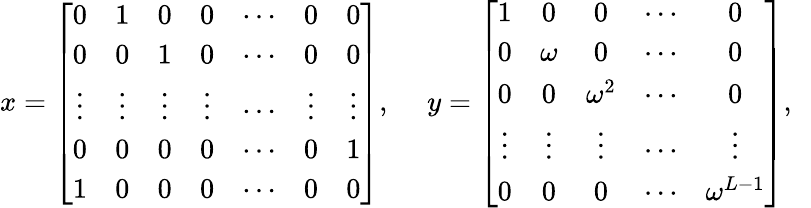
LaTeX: \begin{array}{cc}{{x=\left[\begin{array}{ccccccc}{{0}}&{{1}}&{{0}}&{{0}}&{{\cdots}}&{{0}}&{{0}}\\ {{0}}&{{0}}&{{1}}&{{0}}&{{\cdots}}&{{0}}&{{0}}\\ {{\vdots}}&{{\vdots}}&{{\vdots}}&{{\vdots}}&{{\cdots}}&{{\vdots}}&{{\vdots}}\\ {{0}}&{{0}}&{{0}}&{{0}}&{{\cdots}}&{{0}}&{{1}}\\ {{1}}&{{0}}&{{0}}&{{0}}&{{\cdots}}&{{0}}&{{0}}\end{array}\right],~}}&{{y=\left[\begin{array}{ccccc}{{1}}&{{0}}&{{0}}&{{\cdots}}&{{0}}\\ {{0}}&{{\omega}}&{{0}}&{{\cdots}}&{{0}}\\ {{0}}&{{0}}&{{\omega^{2}}}&{{\cdots}}&{{0}}\\ {{\vdots}}&{{\vdots}}&{{\vdots}}&{{\cdots}}&{{\vdots}}\\ {{0}}&{{0}}&{{0}}&{{\cdots}}&{{\omega^{L-1}}}\end{array}\right],~~}}\end{array}